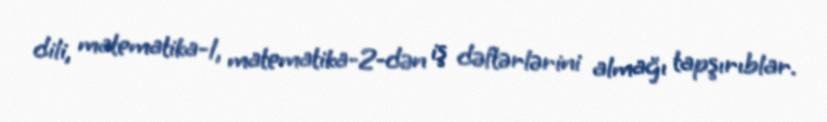
dili, matematika-1, matematika-2-dən iş dəftərlərini almağı tapşırıblar.